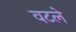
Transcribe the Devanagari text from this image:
वटले